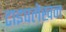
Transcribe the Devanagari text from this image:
टाइपलेखन